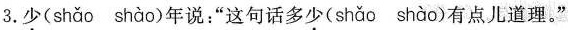
3. 少( shǎo shào )年说：“这句话多少( shǎo shào )有点儿道理。”